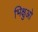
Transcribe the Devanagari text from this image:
भिक्षुओ